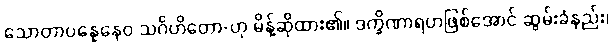
သောတာပန္နေနေဝ သင်္ဂဟိတော-ဟု မိန့်ဆိုထား၏။ ဒက္ခိဏာရဟဖြစ်အောင် ဆွမ်းခံနည်း၊